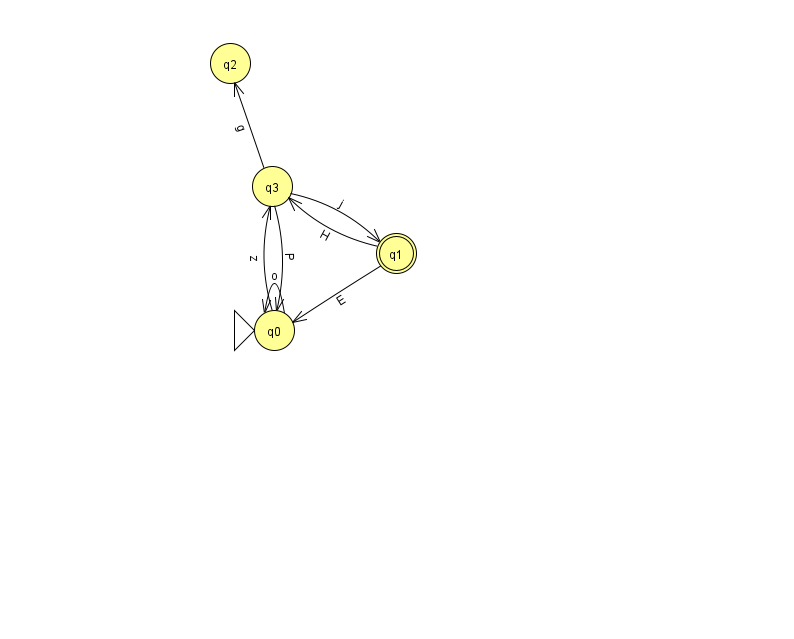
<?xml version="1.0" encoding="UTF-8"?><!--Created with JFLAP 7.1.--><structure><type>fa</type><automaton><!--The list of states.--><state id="0" name="q0"><x>274.0</x><y>317.0</y><initial/></state><state id="1" name="q1"><x>396.0</x><y>240.0</y><final/></state><state id="2" name="q2"><x>230.0</x><y>50.0</y></state><state id="3" name="q3"><x>272.0</x><y>173.0</y></state><!--The list of transitions.--><transition><from>0</from><to>3</to><read>z</read></transition><transition><from>3</from><to>0</to><read>P</read></transition><transition><from>1</from><to>0</to><read>E</read></transition><transition><from>3</from><to>2</to><read>g</read></transition><transition><from>1</from><to>3</to><read>H</read></transition><transition><from>3</from><to>1</to><read>j</read></transition><transition><from>0</from><to>0</to><read>o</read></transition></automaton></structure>